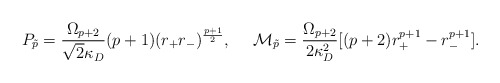
\begin{align*}P_{\tilde{p}}={\Omega_{p+2}\over{\sqrt{2}\kappa_D}}(p+1)(r_+r_-)^{{p+1}\over 2},\ \ \ \ {\cal M}_{\tilde{p}}={{\Omega_{p+2}}\over{2\kappa^2_D}}[(p+2)r^{p+1}_+-r^{p+1}_-].\end{align*}